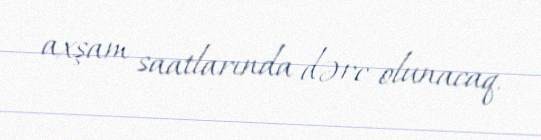
axşam saatlarında dərc olunacaq.